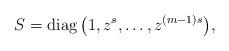
LaTeX: \begin{gather*}S=\operatorname{diag}\big(1,z^s,\ldots,z^{(m-1)s}\big), \end{gather*}